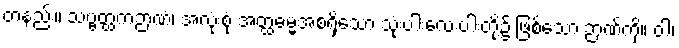
တနည်း။ သဗ္ဗတ္ထကဉာဏံ၊ အလုံးစုံ အတ္ထဓမ္မအစရှိသော သုံးပါးလေးပါးတို့၌ ဖြစ်သော ဉာဏ်ကို။ ဝါ၊